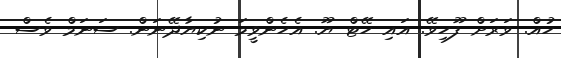
ހުއް. ވަރަށް ފޫހިވޭ. އައި ހޭޓް ޔޫ. އެހެންވީމަ ނުކިޔާދޭނަން. ސަނަމް ވެސް